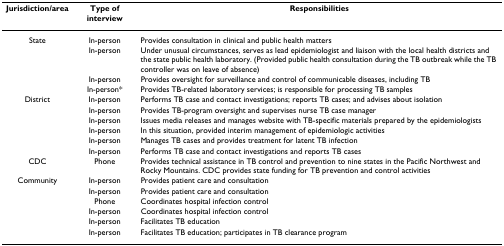
| Jurisdiction/area | Type of interview | Responsibilities |
 | --- | --- | --- |
 | State | In-person | Provides consultation in clinical and public health matters |
 |  | In-person | Under unusual circumstances, serves as lead epidemiologist and liaison with the local health districts and the state public health laboratory. (Provided public health consultation during the TB outbreak while the TB controller was on leave of absence) |
 |  | In-person | Provides oversight for surveillance and control of communicable diseases, including TB |
 |  | In-person* | Provides TB-related laboratory services; is responsible for processing TB samples |
 | District | In-person | Performs TB case and contact investigations; reports TB cases; and advises about isolation |
 |  | In-person | Provides TB-program oversight and supervises nurse TB case manager |
 |  | In-person | Issues media releases and manages website with TB-specific materials prepared by the epidemiologists |
 |  | In-person | In this situation, provided interim management of epidemiologic activities |
 |  | In-person | Manages TB cases and provides treatment for latent TB infection |
 |  | In-person | Performs TB case and contact investigations and reports TB cases |
 | CDC | Phone | Provides technical assistance in TB control and prevention to nine states in the Pacific Northwest and Rocky Mountains. CDC provides state funding for TB prevention and control activities |
 | Community | In-person | Provides patient care and consultation |
 |  | In-person | Provides patient care and consultation |
 |  | Phone | Coordinates hospital infection control |
 |  | In-person | Coordinates hospital infection control |
 |  | In-person | Facilitates TB education |
 |  | In-person | Facilitates TB education; participates in TB clearance program |